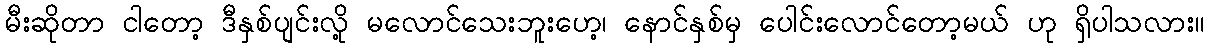
မီးဆိုတာ ငါတော့ ဒီနှစ်ပျင်းလို့ မလောင်သေးဘူးဟေ့၊ နောင်နှစ်မှ ပေါင်းလောင်တော့မယ် ဟု ရှိပါသလား။